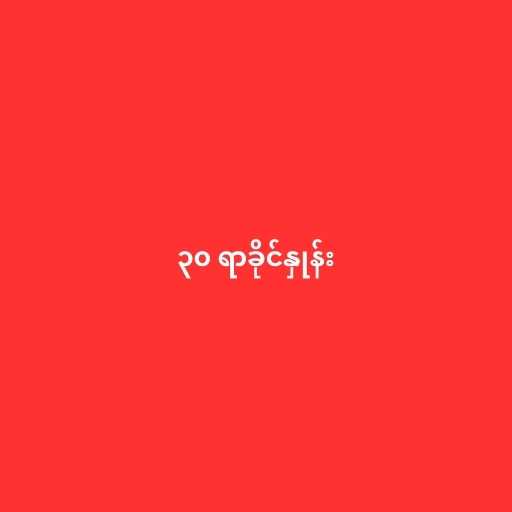
၃၀ ရာခိုင်နှုန်း